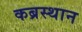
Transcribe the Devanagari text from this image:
कब्रस्थान